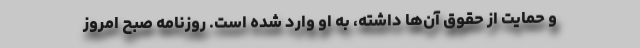
و حمایت از حقوق آن‌ها داشته، به او وارد شده است. روزنامه صبح امروز